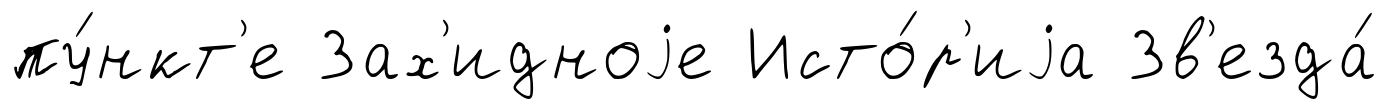
пу́нкт'е Зах'идноjе Исто́р'иjа Зв'езда́